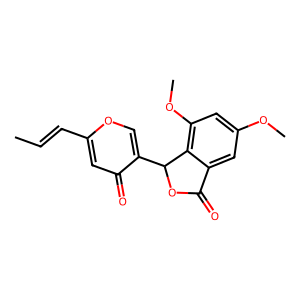
SMILES: CC=Cc1cc(=O)c(C2OC(=O)c3cc(OC)cc(OC)c32)co1
Inhibits HIV replication: No